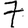
Digit: 7